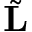
\tilde { \bf L }